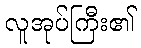
လူအုပ်ကြီး၏